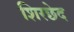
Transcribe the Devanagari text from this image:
शिरछेद